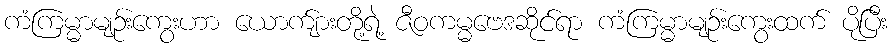
ကံကြမ္မာမျဉ်းကွေးဟာ ယောက်ျားတို့ရဲ့ ဇီဝကမ္မဗေဒဆိုင်ရာ ကံကြမ္မာမျဉ်းကွေးထက် ပိုပြီး